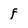
Character: f